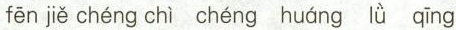
fēn jiě chéng chì chéng huáng lǜ qīng